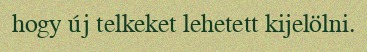
hogy új telkeket lehetett kijelölni.